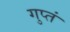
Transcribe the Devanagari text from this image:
गुप्तं